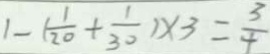
1 - ( \frac { 1 } { 2 0 } + \frac { 1 } { 3 0 } ) \times 3 = \frac { 3 } { 4 }